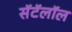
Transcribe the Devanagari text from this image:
सॅटॅलॉल